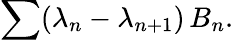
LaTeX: \sum(\lambda_{n}-\lambda_{n+1})\, B_{n}.